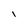
Character: I